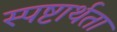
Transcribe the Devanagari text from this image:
स्पष्टार्थता